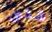
شخص